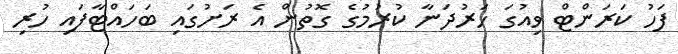
ފަހު ކަރަންޓް ވިއުގަ ހަރުދަނާ ކުރުމުގެ ގޮތުން އެ ރަށުގައި ބަހައްޓާފައި ހުރި